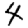
Digit: 4